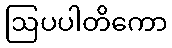
ဩပပါတိကော